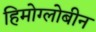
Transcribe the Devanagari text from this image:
हिमोग्लोबीन